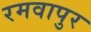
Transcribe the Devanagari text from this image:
रमवापुर